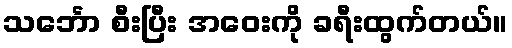
သင်္ဘော စီးပြီး အဝေးကို ခရီးထွက်တယ်။